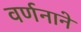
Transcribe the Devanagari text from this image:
वर्णनाने